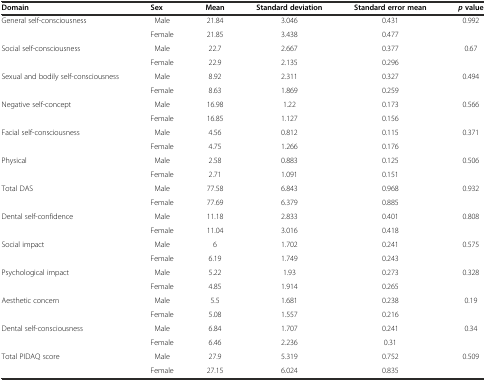
<table><thead><tr><td><b>Domain</b></td><td><b>Sex</b></td><td><b>Mean</b></td><td><b>Standard deviation</b></td><td><b>Standard error mean</b></td><td><b><i>p</i>value</b></td></tr></thead><tbody><tr><td rowspan="2">General self-consciousness</td><td>Male</td><td>21.84</td><td>3.046</td><td>0.431</td><td rowspan="2">0.992</td></tr><tr><td>Female</td><td>21.85</td><td>3.438</td><td>0.477</td></tr><tr><td rowspan="2">Social self-consciousness</td><td>Male</td><td>22.7</td><td>2.667</td><td>0.377</td><td rowspan="2">0.67</td></tr><tr><td>Female</td><td>22.9</td><td>2.135</td><td>0.296</td></tr><tr><td rowspan="2">Sexual and bodily self-consciousness</td><td>Male</td><td>8.92</td><td>2.311</td><td>0.327</td><td rowspan="2">0.494</td></tr><tr><td>Female</td><td>8.63</td><td>1.869</td><td>0.259</td></tr><tr><td rowspan="2">Negative self-concept</td><td>Male</td><td>16.98</td><td>1.22</td><td>0.173</td><td rowspan="2">0.566</td></tr><tr><td>Female</td><td>16.85</td><td>1.127</td><td>0.156</td></tr><tr><td rowspan="2">Facial self-consciousness</td><td>Male</td><td>4.56</td><td>0.812</td><td>0.115</td><td rowspan="2">0.371</td></tr><tr><td>Female</td><td>4.75</td><td>1.266</td><td>0.176</td></tr><tr><td rowspan="2">Physical</td><td>Male</td><td>2.58</td><td>0.883</td><td>0.125</td><td rowspan="2">0.506</td></tr><tr><td>Female</td><td>2.71</td><td>1.091</td><td>0.151</td></tr><tr><td rowspan="2">Total DAS</td><td>Male</td><td>77.58</td><td>6.843</td><td>0.968</td><td rowspan="2">0.932</td></tr><tr><td>Female</td><td>77.69</td><td>6.379</td><td>0.885</td></tr><tr><td rowspan="2">Dental self-confidence</td><td>Male</td><td>11.18</td><td>2.833</td><td>0.401</td><td rowspan="2">0.808</td></tr><tr><td>Female</td><td>11.04</td><td>3.016</td><td>0.418</td></tr><tr><td rowspan="2">Social impact</td><td>Male</td><td>6</td><td>1.702</td><td>0.241</td><td rowspan="2">0.575</td></tr><tr><td>Female</td><td>6.19</td><td>1.749</td><td>0.243</td></tr><tr><td rowspan="2">Psychological impact</td><td>Male</td><td>5.22</td><td>1.93</td><td>0.273</td><td rowspan="2">0.328</td></tr><tr><td>Female</td><td>4.85</td><td>1.914</td><td>0.265</td></tr><tr><td rowspan="2">Aesthetic concern</td><td>Male</td><td>5.5</td><td>1.681</td><td>0.238</td><td rowspan="2">0.19</td></tr><tr><td>Female</td><td>5.08</td><td>1.557</td><td>0.216</td></tr><tr><td rowspan="2">Dental self-consciousness</td><td>Male</td><td>6.84</td><td>1.707</td><td>0.241</td><td rowspan="2">0.34</td></tr><tr><td>Female</td><td>6.46</td><td>2.236</td><td>0.31</td></tr><tr><td rowspan="2">Total PIDAQ score</td><td>Male</td><td>27.9</td><td>5.319</td><td>0.752</td><td rowspan="2">0.509</td></tr><tr><td>Female</td><td>27.15</td><td>6.024</td><td>0.835</td></tr></tbody></table>